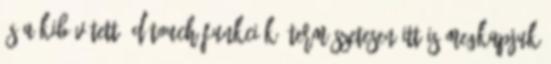
és a kibővített 3D Touch-funkciók. Természetesen itt is megkapjuk